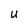
Character: U